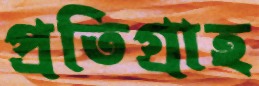
প্রতিগ্রাহ